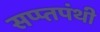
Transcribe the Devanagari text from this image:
सप्प्तपंथी